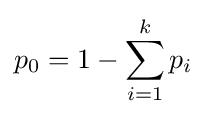
p_{0}=1-\sum _{i=1}^{k}p_{i}